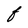
Character: F